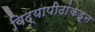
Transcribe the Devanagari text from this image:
विद्यापीठांकडून